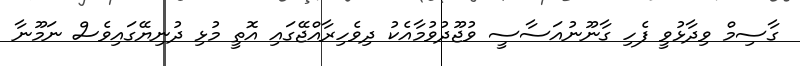
ގާސިމް ވިދާޅުވީ ފެހި ގާނޫނުއަސާސީ ވުޖޫދުވުމާއެކު ދިވެހިރާއްޖޭގައި އޮތީ މުޅި ދުނިޔޭގައިވެސް ނަމޫނާ